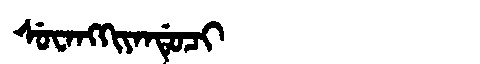
Manchu: ᠰᡠᠸᠠᠩᡴᡳᠶᠠᠨᡩᡠᠴᡳ
Romanization: SUWANGKIYANDUCI